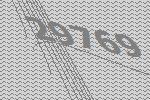
29769